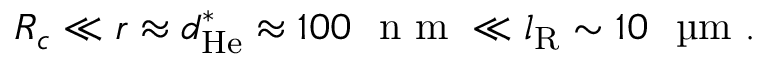
R _ { c } \ll r \approx d _ { \mathrm { H e } } ^ { \ast } \approx 1 0 0 ~ \textrm { n m } \ll l _ { \mathrm { R } } \sim 1 0 ~ \textrm { \textmu m } .